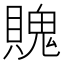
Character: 𧷛